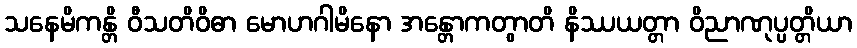
သနေမိကန္တိ ဝီသတိဝိဓာ မောဟဂါမိနော အန္တောကတွာတိ နိဿယတ္တာ ဝိညာဏုပ္ပတ္တိယာ